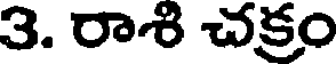
3. రాశి చక్రం